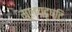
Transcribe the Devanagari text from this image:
मूल्यदृष्टि